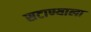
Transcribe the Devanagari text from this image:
सटाण्याला